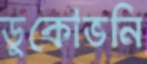
ডুকোভনি